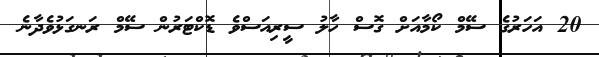
20 އަހަރުގެ ސޭމް ކޯމާއަށް ގޮސް ހާލު ސީރިއަސްވެ ޑޮކްޓަރުން ސޭމް ރަނގަޅުވެދާނެ